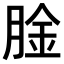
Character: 𫆤